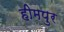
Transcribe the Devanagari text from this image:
हीमपुर